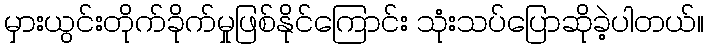
မှားယွင်းတိုက်ခိုက်မှုဖြစ်နိုင်ကြောင်း သုံးသပ်ပြောဆိုခဲ့ပါတယ်။